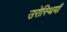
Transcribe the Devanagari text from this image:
उरोस्थियाँ